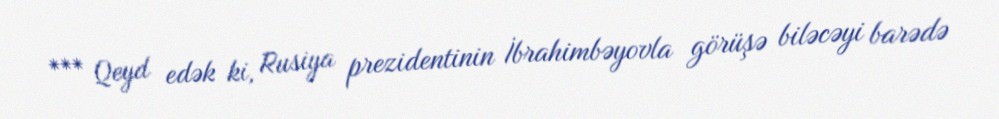
*** Qeyd edək ki, Rusiya prezidentinin İbrahimbəyovla görüşə biləcəyi barədə